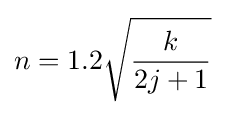
n=1.2{\sqrt {\frac {k}{2j+1}}}